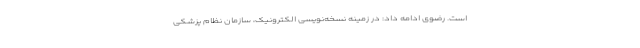
است. رضوی ادامه داد: در زمینه نسخه‌نویسی الکترونیک، سازمان نظام پزشکی